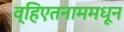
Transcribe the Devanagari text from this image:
व्हिएतनाममधून